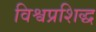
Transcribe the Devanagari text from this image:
विश्वप्रशिद्ध